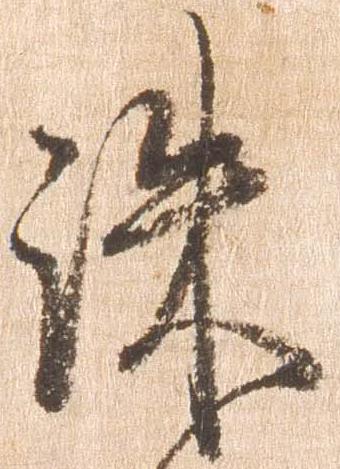
誅